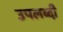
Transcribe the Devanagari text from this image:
उपलब्दी